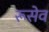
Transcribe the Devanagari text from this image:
रूसेव